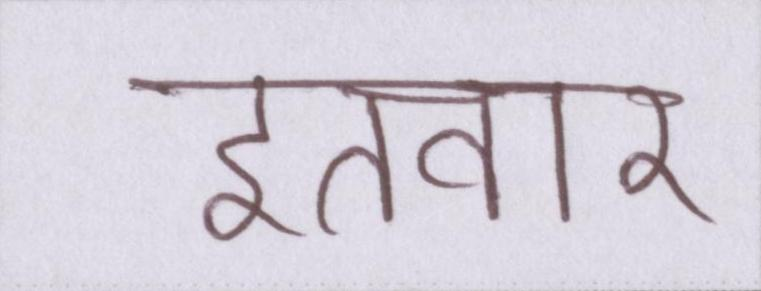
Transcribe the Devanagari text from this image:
इतवार